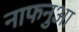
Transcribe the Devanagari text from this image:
नाफनुआ